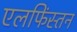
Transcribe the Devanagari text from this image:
एलफिंस्तन